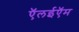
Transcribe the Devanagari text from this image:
ऍलईऍम